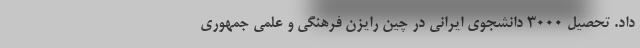
داد. تحصیل 3000 دانشجوی ایرانی در چین رایزن فرهنگی و علمی جمهوری